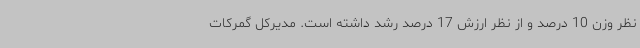
نظر وزن 10 درصد و از نظر ارزش 17 درصد رشد داشته است. مدیرکل گمرکات